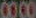
0000